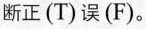
断正(T)误(F).